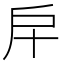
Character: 𢨦